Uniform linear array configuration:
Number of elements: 12
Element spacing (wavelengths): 0.25
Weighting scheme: binomial
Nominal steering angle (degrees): -60
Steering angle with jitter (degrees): -60.038
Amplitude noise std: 0.05
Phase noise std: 0.05

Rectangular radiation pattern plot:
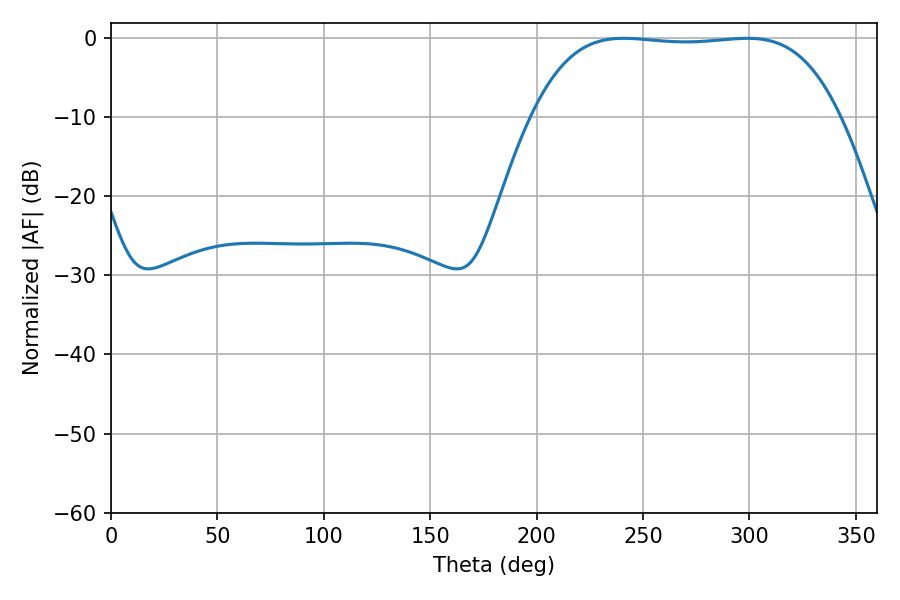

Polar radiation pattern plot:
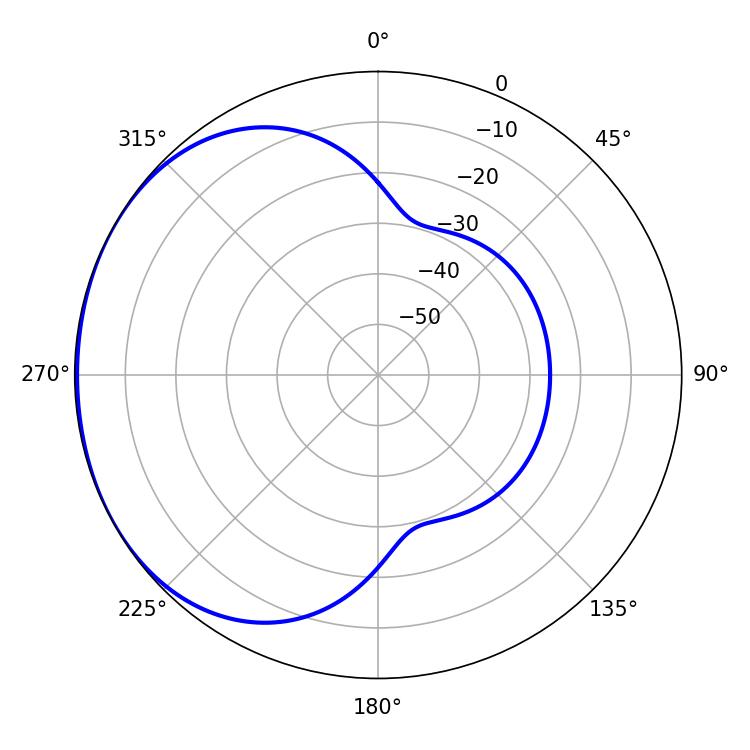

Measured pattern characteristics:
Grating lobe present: FALSE
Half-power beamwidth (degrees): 112.68
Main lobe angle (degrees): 241.02